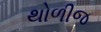
થોળીજ